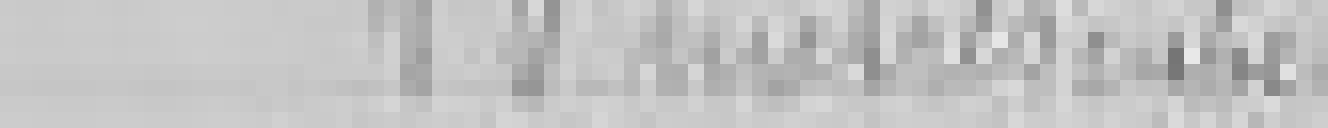
10 mètres cubes